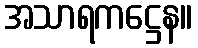
အသာရကဋ္ဌေန။